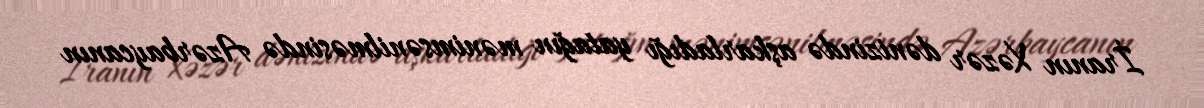
İranın Xəzər dənizində aşkarladığı yatağın mənimsənilməsində Azərbaycanın